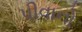
પીવાનો